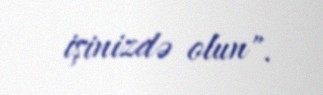
işinizdə olun".